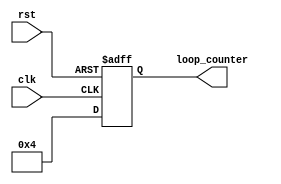
module for_loop(
    input wire clk,
    input wire rst,
    output reg [3:0] loop_counter
);

always @(posedge clk or posedge rst) begin
    if (rst) begin
        loop_counter <= 4'b0000; // Initialize loop counter
    end else begin
        for (loop_counter = 0; loop_counter < 4; loop_counter = loop_counter + 1) begin
            // Perform desired operations here
            // This block will be executed 4 times
        end
    end
end

endmodule